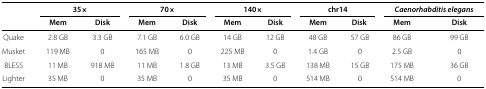
|  | <COLSPAN=2> 35× | <COLSPAN=2> 70× | <COLSPAN=2> 140× | <COLSPAN=2> chr14 | <COLSPAN=2> Caenorhabditis elegans |
 |  | Mem | Disk | Mem | Disk | Mem | Disk | Mem | Disk | Mem | Disk |
 | --- | --- | --- | --- | --- | --- | --- | --- | --- | --- | --- |
 | Quake | 2.8 GB | 3.3 GB | 7.1 GB | 6.0 GB | 14 GB | 12 GB | 48 GB | 57 GB | 86 GB | 99 GB |
 | Musket | 119 MB | 0 | 165 MB | 0 | 225 MB | 0 | 1.4 GB | 0 | 2.5 GB | 0 |
 | BLESS | 11 MB | 918 MB | 11 MB | 1.8 GB | 13 MB | 3.5 GB | 138 MB | 15 GB | 175 MB | 36 GB |
 | Lighter | 35 MB | 0 | 35 MB | 0 | 35 MB | 0 | 514 MB | 0 | 514 MB | 0 |